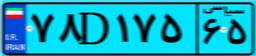
۲۶D۰۹۲۴۴